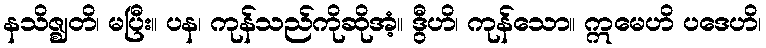
နသိဇ္ဈတိ၊ မပြီး။ ပန၊ ကုန်သည်ကိုဆိုအံ့။ ဒွီဟိ၊ ကုန်သော။ ဣမေဟိ ပဒေဟိ၊